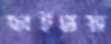
ছাইভস্ম